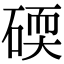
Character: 碝